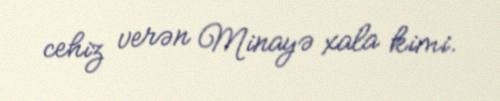
cehiz verən Minayə xala kimi.